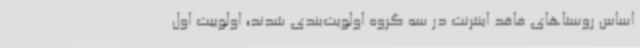
اساس روستاهای فاقد اینترنت در سه گروه اولویت‌بندی شدند؛ اولوییت اول